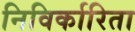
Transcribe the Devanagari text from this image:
निविर्कारिता